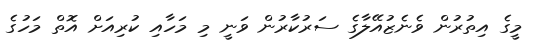
މީގެ އިތުރުން ވެނެޒުއޭލާގެ ސަރުކާރުން ވަނީ މި މަހާއި ކުރިއަށް އޮތް މަހުގެ